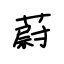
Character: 蔚